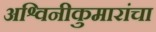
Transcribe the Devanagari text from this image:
अश्विनीकुमारांचा